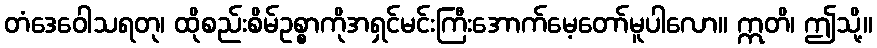
တံဒေဝေါသရတု၊ ထိုစည်းစိမ်ဥစ္စာကိုအရှင်မင်းကြီးအောက်မေ့တော်မူပါလော။ ဣတိ၊ ဤသို့။